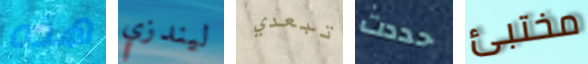
هذه ليندزي تبعدي حددت مختبئ